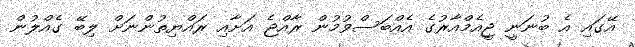
އޭގައި އެ ބުނަނީ ޖީއެމްއާރުގެ އެއްބަސްވުމުން ރާއްޖެ އަށާއި ރައްޔިތުންނަށް ލިބޭ ގެއްލުން